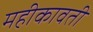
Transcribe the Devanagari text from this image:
महीकावती